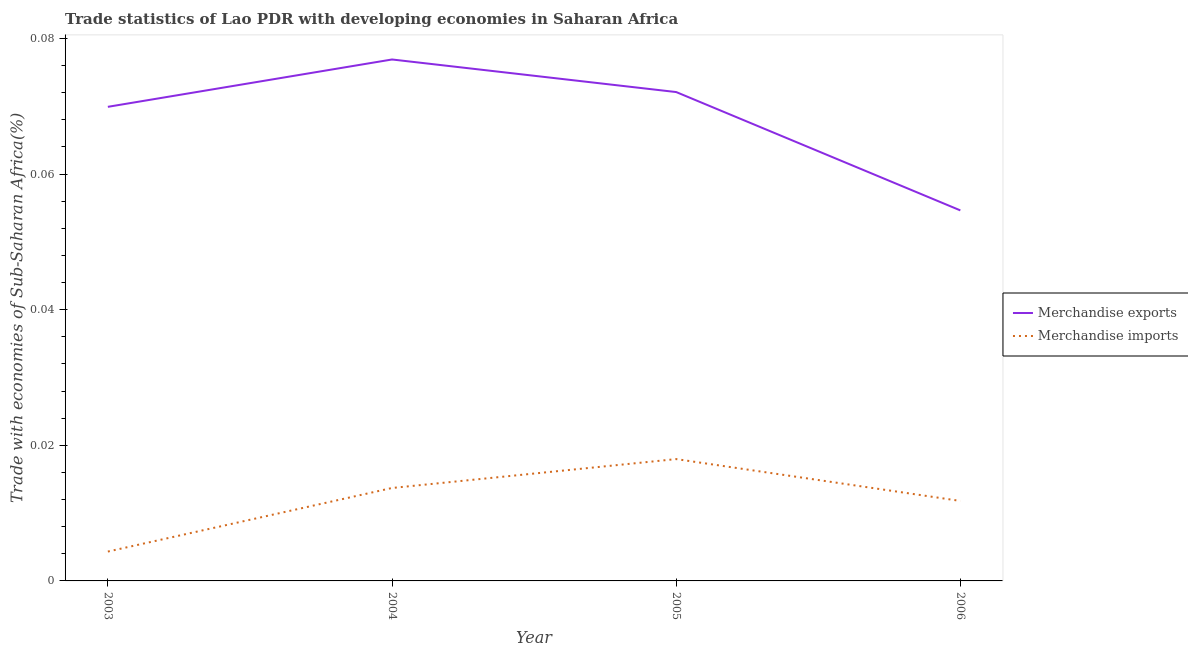
| Year | Merchandise exports | Merchandise imports |
 | --- | --- | --- |
 | 2003 | 0.0699 | 0.00433 |
 | 2004 | 0.0769 | 0.0137 |
 | 2005 | 0.0721 | 0.018 |
 | 2006 | 0.0546 | 0.0118 |